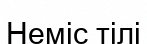
Неміс тілі